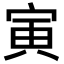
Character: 寅